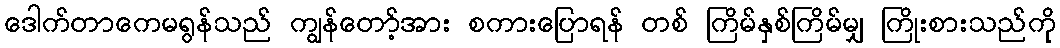
ဒေါက်တာကေမရွန်သည် ကျွန်တော့်အား စကားပြောရန် တစ် ကြိမ်နှစ်ကြိမ်မျှ ကြိုးစားသည်ကို